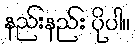
နည်းနည်း ပိုပါ။